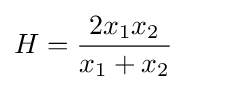
H={\frac {2x_{1}x_{2}}{x_{1}+x_{2}}}\qquad